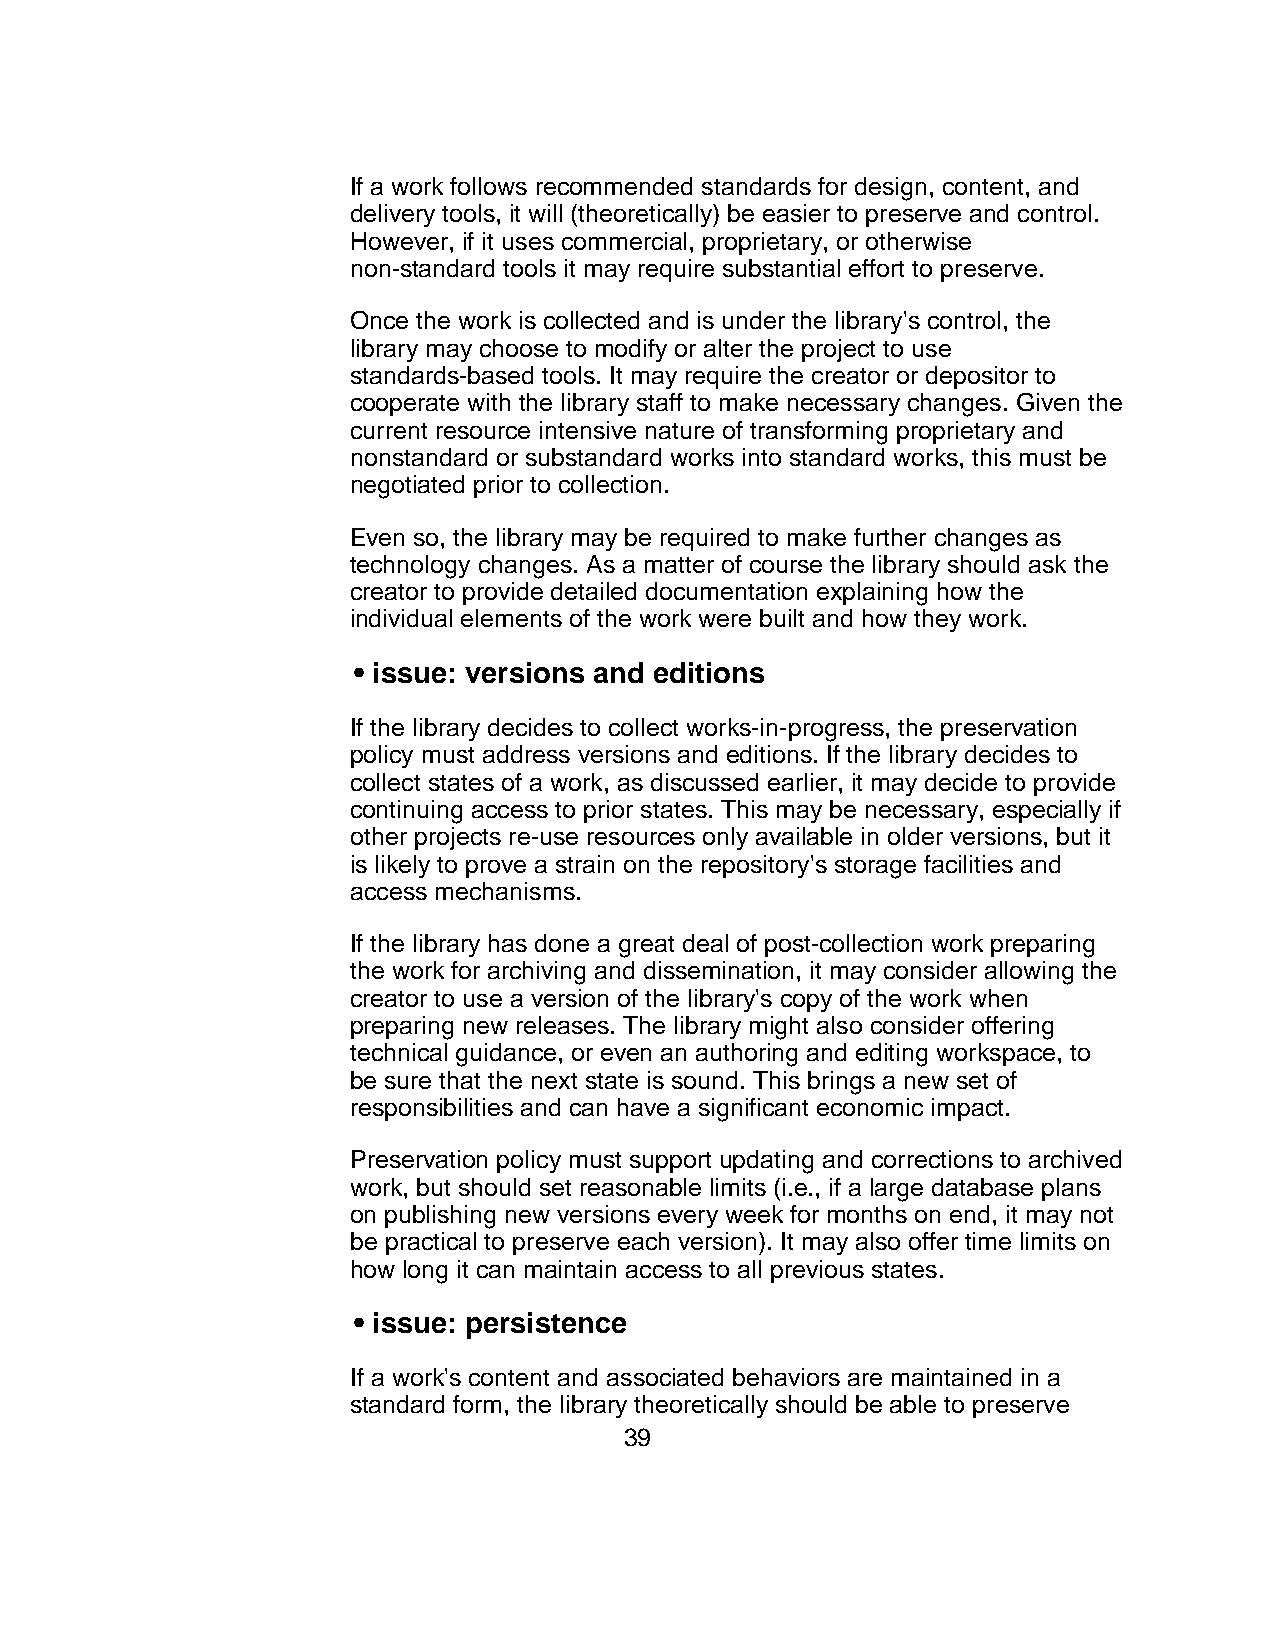
If a work follows recommended standards for design, content, and
 delivery tools, it will (theoretically) be easier to preserve and control.
 However, if it uses commercial, proprietary, or otherwise
 non-standard tools it may require substantial effort to preserve.
 Once the work is collected and is under the library's control, the
 library may choose to modify or alter the project to use
 standards-based tools. It may require the creator or depositor to
 cooperate with the library staff to make necessary changes. Given the
 current resource intensive nature of transforming proprietary and
 nonstandard or substandard works into standard works, this must be
 negotiated prior to collection.
 Even so, the library may be required to make further changes as
 technology changes. As a matter of course the library should ask the
 creator to provide detailed documentation explaining how the
 individual elements of the work were built and how they work.
 • issue: versions and editions
 If the library decides to collect works-in-progress, the preservation
 policy must address versions and editions. If the library decides to
 collect states of a work, as discussed earlier, it may decide to provide
 continuing access to prior states. This may be necessary, especially if
 other projects re-use resources only available in older versions, but it
 is likely to prove a strain on the repository's storage facilities and
 access mechanisms.
 If the library has done a great deal of post-collection work preparing
 the work for archiving and dissemination, it may consider allowing the
 creator to use a version of the library's copy of the work when
 preparing new releases. The library might also consider offering
 technical guidance, or even an authoring and editing workspace, to
 be sure that the next state is sound. This brings a new set of
 responsibilities and can have a significant economic impact.
 Preservation policy must support updating and corrections to archived
 work, but should set reasonable limits (i.e., if a large database plans
 on publishing new versions every week for months on end, it may not
 be practical to preserve each version). It may also offer time limits on
 how long it can maintain access to all previous states.
 • issue: persistence
 If a work's content and associated behaviors are maintained in a
 standard form, the library theoretically should be able to preserve
 39